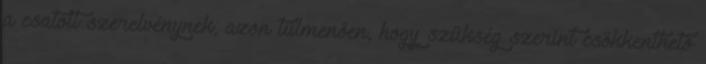
a csatolt szerelvénynek, azon túlmenően, hogy szükség szerint csökkenthető